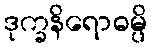
ဒုက္ခနိရောဓမ္ပိ